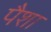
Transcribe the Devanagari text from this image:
पैशा